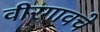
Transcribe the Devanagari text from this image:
वीरगावचे